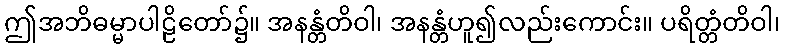
ဤအဘိဓမ္မာပါဠိတော်၌။ အနန္တံတိဝါ၊ အနန္တံဟူ၍လည်းကောင်း။ ပရိတ္တံတိဝါ၊